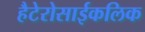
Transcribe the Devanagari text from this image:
हैटेरोसाईकलिक